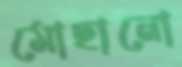
মোছানো